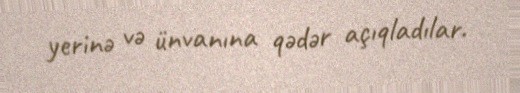
yerinə və ünvanına qədər açıqladılar.